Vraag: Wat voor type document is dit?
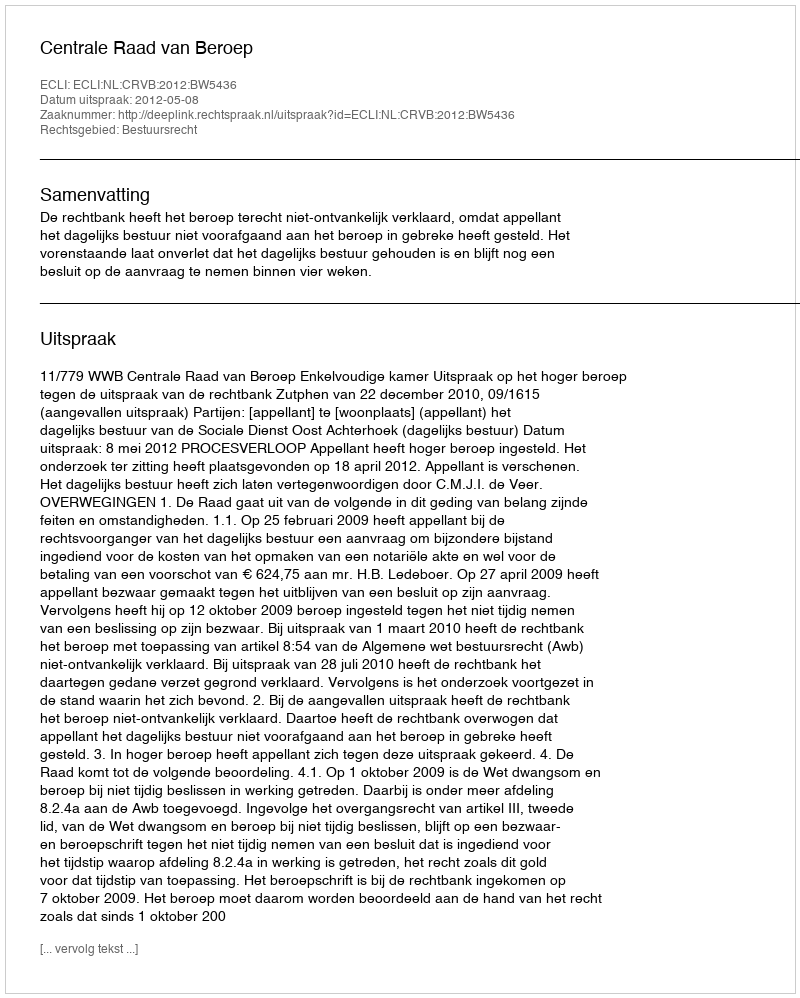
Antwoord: Uitspraak